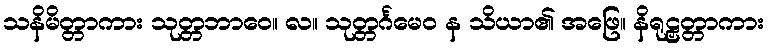
သနိမိတ္တာကား သုတ္တဘာဝေ။ လ။ သုတ္တင်္ဂမေဝ န သိယာ၏ အဖြေ။ နိရုဠှတ္တာကား